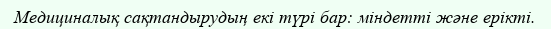
Медициналық сақтандырудың екі түрі бар: міндетті және ерікті.